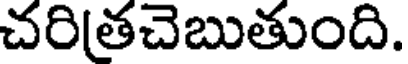
చరితచెబుతుంది.